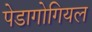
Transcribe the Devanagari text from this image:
पेडागोगियल